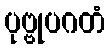
ပုဗ္ဗုပဂတံ